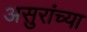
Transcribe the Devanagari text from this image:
असुरांच्या